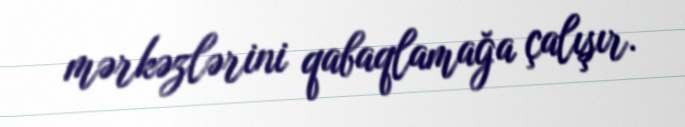
mərkəzlərini qabaqlamağa çalışır.